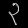
Digit: ၃